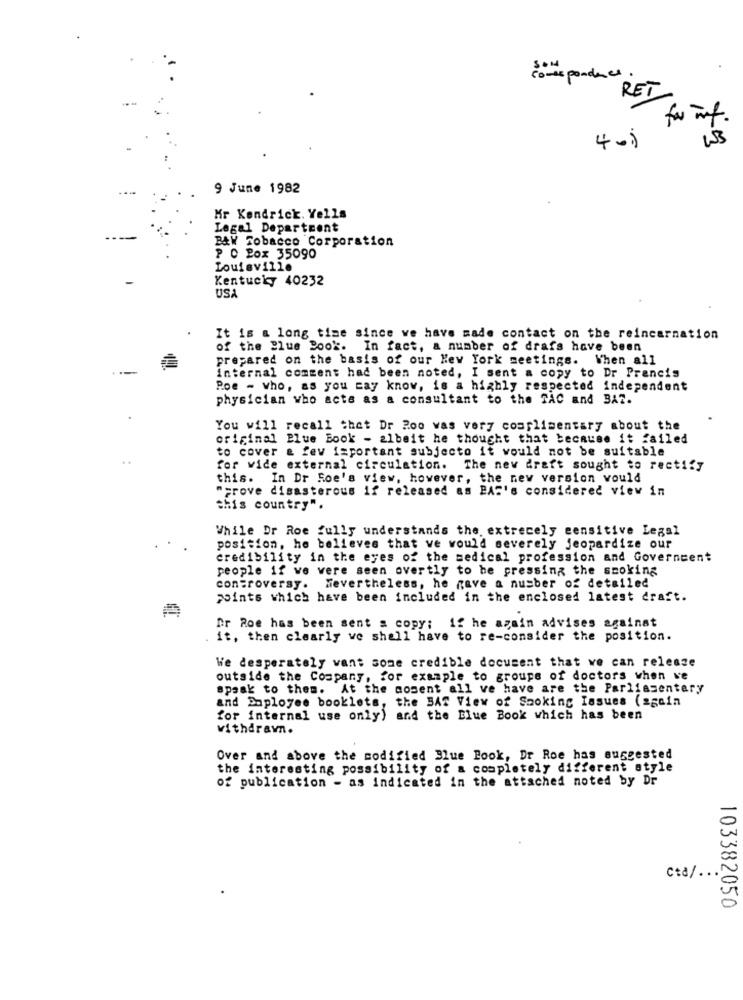
SON
commepondees.
RET
for
9 June 1982
Mr Kendrick. Yells
Legal Department
BAW Tobacco Corporation
P O Pox 35090
Louisville
Kentucky 40232
USA
It is a long time since we have made contact on the reincarnation
of the Blue Book. In fact, a number of drafs have been
prepared on the basis of our New York meetings. When all
internal comment had been noted, I sent a copy to Dr Prencis
Poe - who, as you may know, is a highly respected independent
physician who acts as a consultant to the TAC and BA2.
You will recall that Dr Roo was very complimentary about the
original Blue Book - albeit he thought that because it failed
to cover & fev ixportant subjecto it would not be suitable
for wide external circulation. The nev draft sought to rectify
this. In Dr Roe's view, however, the new version would
"prove disasterous if released as PAS's considered view in
this country".
While Dr Roe fully understands the extrecely sensitive Legal
position, he believes that ve would severely jeopardize our
credibility in the eyes of the medical profession and Government
people if we were seen overtly to be pressing the smoking
controversy. Nevertheless, he gave a number of detailed
points which have been included in the enclosed latest draft.
Dr Roe has been sent a copy; if he again advises against
it, then clearly we shall have to re-consider the position.
We desperately vant some credible document that we can release
outside the Company, for example to groupe of doctors when ve
speak to them. At the nosent all ve have are the Parliamentary
and Daployee booklets, the BAT View of Smoking Issues (again
for internal use only) and the Blue Book which has been
withdrawn.
Over and above the modified Blue Book, Dr Roe has suggested
the interesting possibility of a completely different style
of publication - as indicated in the attached noted by Dr
Ctd/ ..
103382050